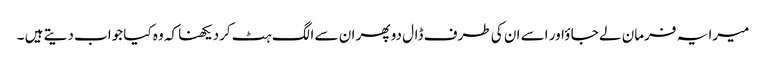
میرا یہ فرمان لے جا ؤاور اسے ان کی طرف ڈال دو پھر ان سے الگ ہٹ کردیکھنا کہ وہ کیا جواب دیتے ہیں ۔